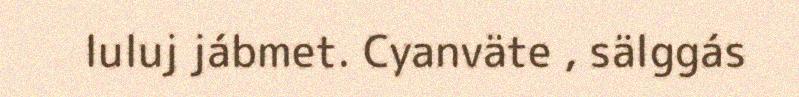
luluj jábmet. Cyanväte , sälggás